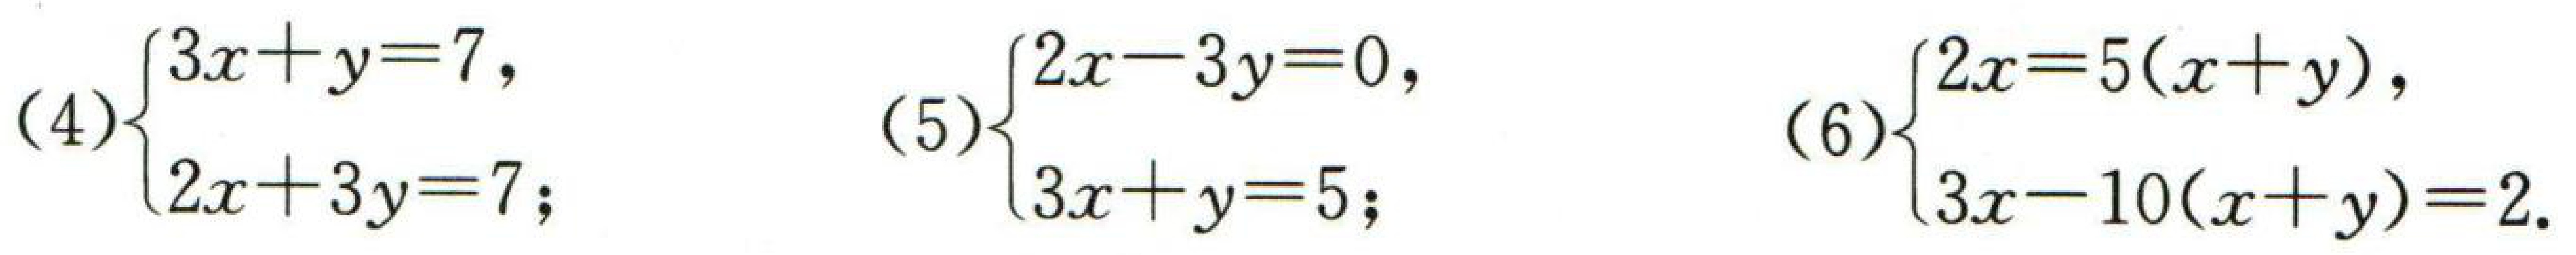
\((4)\begin{cases}3x + y = 7,\\2x + 3y = 7;\end{cases}\) \((5)\begin{cases}2x - 3y = 0,\\3x + y = 5;\end{cases}\) \((6)\begin{cases}2x = 5(x + y),\\3x - 10(x + y)=2.\end{cases}\)